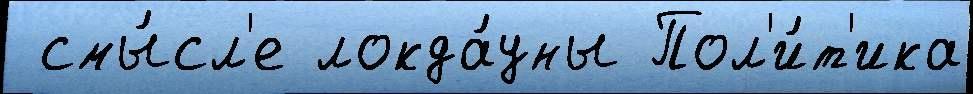
 смы́сл'е локда́уны Пол'и́т'ика